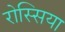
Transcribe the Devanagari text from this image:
रोस्सिया